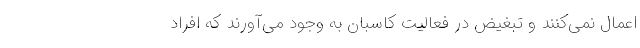
اعمال نمی‌کنند و تبغیض در فعالیت کاسبان به وجود می‌آورند که افراد